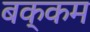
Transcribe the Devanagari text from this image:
बक्कम